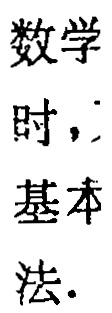
数学
时，
基本
法.